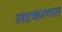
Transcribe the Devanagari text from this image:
लटकत्यात